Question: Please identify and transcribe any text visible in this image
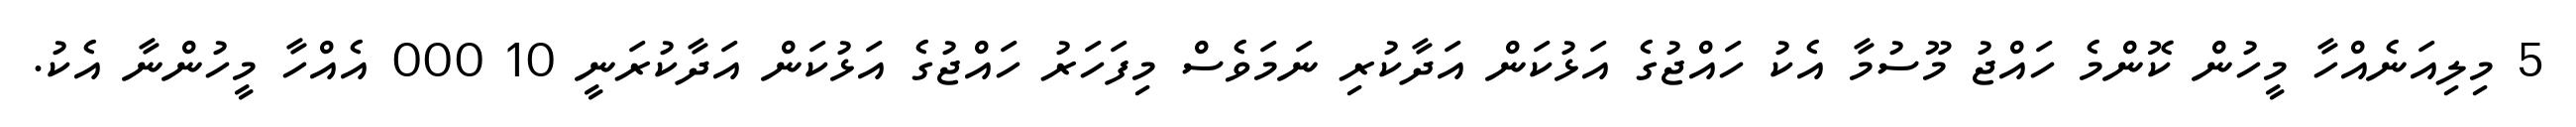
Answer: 5 މިލިއަނެއްހާ މީހުން ކޮންމެ ހައްޖު މޫސުމާ އެކު ހައްޖުގެ އަޅުކަން އަދާކުރި ނަމަވެސް މިފަހަރު ހައްޖުގެ އަޅުކަން އަދާކުރަނީ 10 000 އެއްހާ މީހުންނާ އެކު.